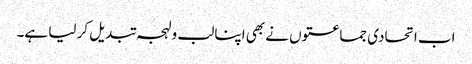
اب اتحادی جماعتوں نے بھی اپنا لب و لہجہ تبدیل کر لیا ہے۔